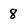
Character: 8